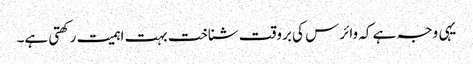
یہی وجہ ہے کہ وائرس کی بروقت شناخت بہت اہمیت رکھتی ہے۔